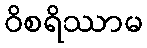
ဝိစရိဿာမ